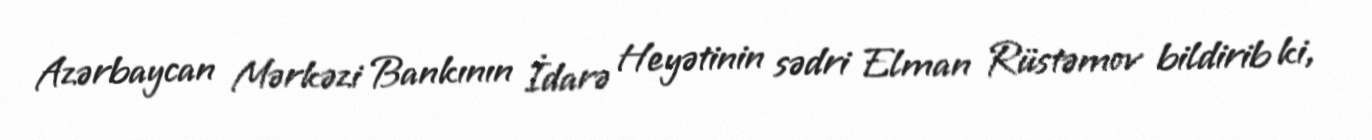
Azərbaycan Mərkəzi Bankının İdarə Heyətinin sədri Elman Rüstəmov bildirib ki,